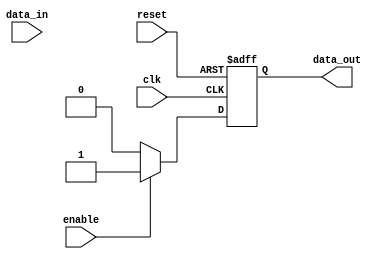
module bypass_register (
    input clk,
    input reset,
    input data_in,
    input enable,
    output reg data_out
);

reg [7:0] internal_reg;

always @(posedge clk or posedge reset) begin
    if (reset) begin
        internal_reg <= 8'b0;
        data_out <= 1'b0;
    end else begin
        if (enable) begin
            internal_reg <= data_in;
            data_out <= 1'b1;
        end else begin
            data_out <= 1'b0;
        end
    end
end

endmodule